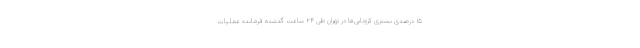
۱۵ درصدی بستری کرونایی‌ها در تهران طی ۲۴ ساعت گذشته فرمانده عملیات